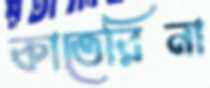
কাতেরিনা